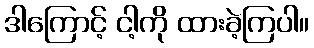
ဒါကြောင့် ငါ့ကို ထားခဲ့ကြပါ။